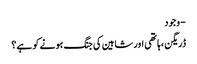
- وجود
ڈریگن ،ہاتھی اور شاہین کی جنگ ہونے کو ہے؟